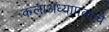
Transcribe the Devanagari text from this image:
कलाअध्यापकाचे